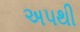
અપથી